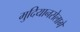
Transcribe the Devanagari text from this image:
मुदियानसेलागे